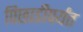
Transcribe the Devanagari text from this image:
पिछाडीपर्यंत